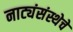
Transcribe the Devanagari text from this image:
नाट्यंसंस्थेचे